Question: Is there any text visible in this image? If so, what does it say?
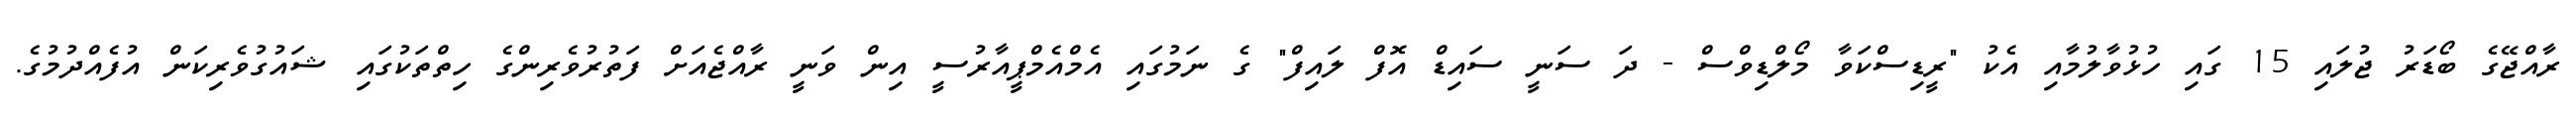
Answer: ރާއްޖޭގެ ބޯޑަރު ޖުލައި 15 ގައި ހުޅުވާލުމާއި އެކު "ރީޑިސްކަވާ މޯލްޑިވްސް - ދަ ސަނީ ސައިޑް އޮފް ލައިފް" ގެ ނަމުގައި އެމްއެމްޕީއާރުސީ އިން ވަނީ ރާއްޖެއަށް ފަތުރުވެރިންގެ ހިތްތަކުގައި ޝައުގުވެރިކަން އުފެއްދުމުގެ.